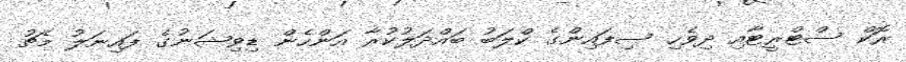
ރޮކް ސްޓްރީޓާއި ދިވެހި ސިފައިންގެ ކްލަބު ބައްދަލުކުރާ އަންހެން ޑިވިޝަނުގެ ފައިނަލު މެޗު